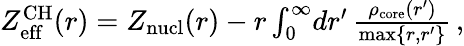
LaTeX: \begin{array}{r}{Z_{\mathrm{eff}}^{\mathrm{CH}}(r)=Z_{\mathrm{nucl}}(r)-r\int_{0}^{\infty}\! dr^{\prime}\, \frac{\rho_{\mathrm{core}}(r^{\prime})}{\mathrm{max}\{ r,r^{\prime}\} }\, ,}\end{array}